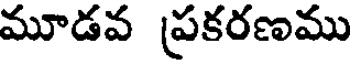
మూడవ ప్రకరణము